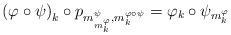
LaTeX: \begin{align*}\left(\varphi\circ\psi\right)_{k}\circ p_{m_{m_{k}^{\varphi}}^{\psi},m_{k}^{\varphi\circ\psi}}=\varphi_{k}\circ\psi_{m_{k}^{\varphi}}\end{align*}